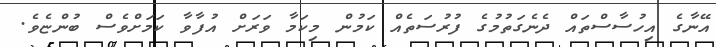
އޭނާގެ އިހުސާސްތައް ދެނެގަތުމުގެ ފުރުސަތެއް ކަމުން މިކަމާ ވަރަށް އުފާވާ ކަމަށްވެސް ބުންޏެވެ.